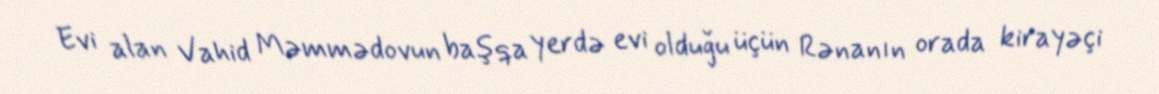
Evi alan Vahid Məmmədovun başqa yerdə evi olduğu üçün Rənanın orada kirayəçi